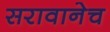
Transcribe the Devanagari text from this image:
सरावानेच